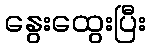
နွေးထွေးပြီး